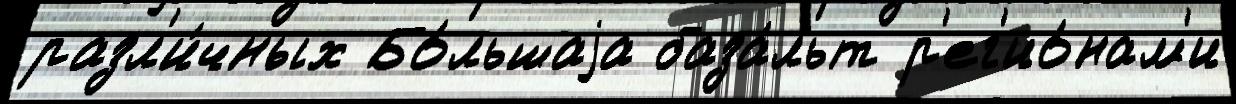
разл'и́чных Бо́льшаjа база́льт р'ег'ио́нам'и